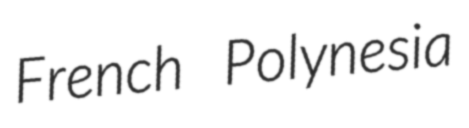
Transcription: French Polynesia